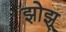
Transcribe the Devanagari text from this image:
झोझू